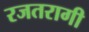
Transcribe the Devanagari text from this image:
रजतरागी